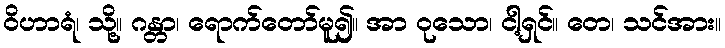
ဝိဟာရံ၊ သို့။ ဂန္တာ၊ ရောက်တော်မူ၍။ အာ ဝုသော၊ ငါ့ရှင်။ တေ၊ သင်အား။